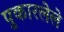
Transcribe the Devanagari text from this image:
पुकारलेले